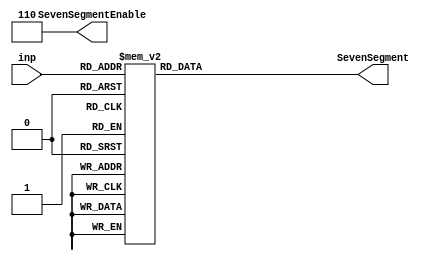
`timescale 1ns / 1ps
//////////////////////////////////////////////////////////////////////////////////
// Company: 
// Engineer: 
// 
// Design Name: 
// Module Name:    sevenseg_12 
// Project Name: 
// Target Devices: 
// Tool versions: 
// Description: 
//
// Dependencies: 
//
// Revision: 
// Revision 0.01 - File Created
// Additional Comments: 
//
//////////////////////////////////////////////////////////////////////////////////
module sevenseg_12(inp, SevenSegment, SevenSegmentEnable
    );
	 input [3:0] inp;
	 output reg [7:0] SevenSegment; 
	 output reg [2:0] SevenSegmentEnable;
	 always @(*)
		begin
	SevenSegmentEnable = 3'b110;
	case (inp)
	
	4'b0000:SevenSegment=8'b00000010;
	4'b0001:SevenSegment=8'b10011110;
	4'b0010:SevenSegment=8'b00100100;
	4'b0011:SevenSegment=8'b00001100;
	4'b0100:SevenSegment=8'b10011000;
	4'b0101:SevenSegment=8'b01001000;
	4'b0110:SevenSegment=8'b01000000;
	4'b0111:SevenSegment=8'b00011110;
	4'b1000:SevenSegment=8'b00000000;
	4'b1001:SevenSegment=8'b00001000;
	4'b1010:SevenSegment=8'b00010000;
	4'b1011:SevenSegment=8'b00000000;
	4'b1100:SevenSegment=8'b01100010;
	4'b1101:SevenSegment=8'b00000010;
	4'b1110:SevenSegment=8'b01100000;
	4'b1111:SevenSegment=8'b01110000;
	endcase
end

endmodule